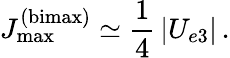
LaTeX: J_{\mathrm{max}}^{\mathrm{(bimax)}}\simeq\frac{1}{4}\, |U_{e3}|\, .